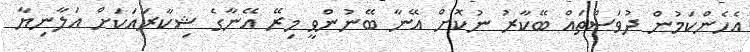
އެހެންކަމުން ދުވަސްތައް ބޭކާރު ނުކޮށް އޭނާ ބޭނުންވީ މިރޭ އޭނާގެ ޝިކާރައަކަށް އަލާނިޔާ